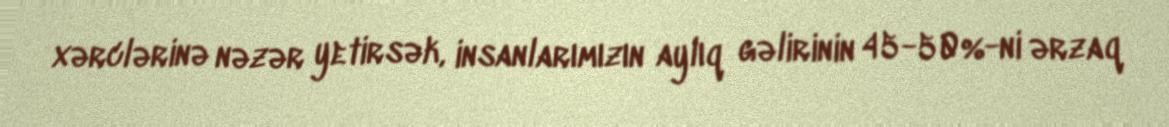
xərclərinə nəzər yetirsək, insanlarımızın aylıq gəlirinin 45-50%-ni ərzaq